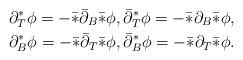
LaTeX: \begin{align*}&\partial_T^*\phi = -\bar *\bar\partial_B\bar *\phi,\bar\partial_T^*\phi =-\bar *\partial_B\bar *\phi, \\&\partial_B^* \phi = -\bar * \bar\partial_T \bar *\phi,\bar\partial_B^* \phi =-\bar *\partial_T\bar*\phi. \end{align*}